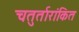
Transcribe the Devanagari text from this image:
चतुर्तारांकित